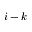
i - k